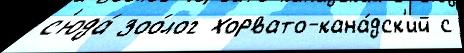
с'юда́ зоо́лог хорвато-кана́дск'ий с